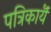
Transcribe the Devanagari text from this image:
पत्रिकायॆं